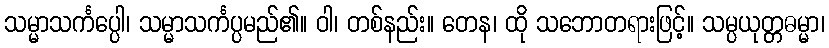
သမ္မာသင်္ကပ္ပေါ၊ သမ္မာသင်္ကပ္ပမည်၏။ ဝါ၊ တစ်နည်း။ တေန၊ ထို သဘောတရားဖြင့်။ သမ္ပယုတ္တဓမ္မာ၊